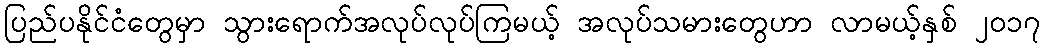
ပြည်ပနိုင်ငံတွေမှာ သွားရောက်အလုပ်လုပ်ကြမယ့် အလုပ်သမားတွေဟာ လာမယ့်နှစ် ၂၀၁၇